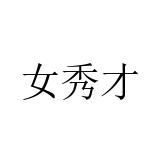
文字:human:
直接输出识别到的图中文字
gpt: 女秀才